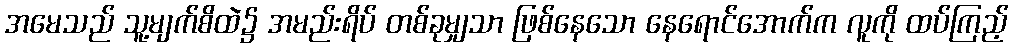
အမေသည် သူ့မျက်စိထဲ၌ အမည်းရိပ် တစ်ခုမျှသာ ဖြစ်နေသော နေရောင်အောက်က လူကို ထပ်ကြည့်